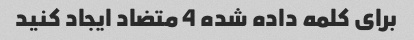
برای کلمه داده شده 4 متضاد ایجاد کنید